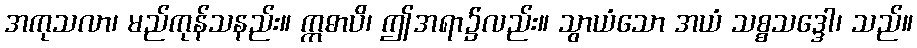
အကုသလာ၊ မည်ကုန်သနည်း။ ဣဓာပိ၊ ဤအရာ၌လည်း။ သွာယံသော အယံ သစ္စသဒ္ဒေါ၊ သည်။